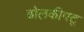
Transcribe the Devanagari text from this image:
ढोलकीपटू